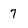
Character: 7